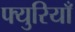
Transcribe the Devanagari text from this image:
फ्युरियाँ